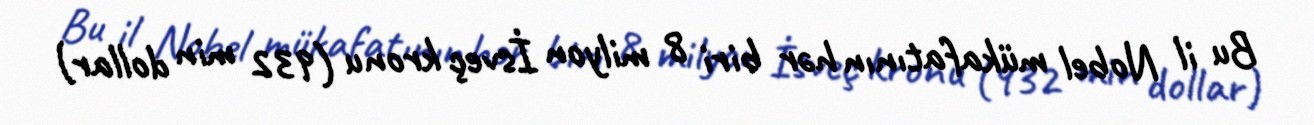
Bu il Nobel mükafatının hər biri 8 milyon İsveç kronu (932 min dollar)